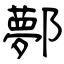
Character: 鄸